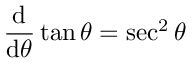
{ \frac { \operatorname { d } } { \operatorname { d } \! \theta } } \tan \theta = \sec ^ { 2 } \theta